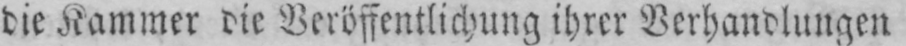
die Kammer die Veröffentlichung ihrer Verhandlungen